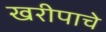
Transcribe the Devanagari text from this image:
खरीपाचे